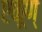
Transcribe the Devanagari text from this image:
एकूण्‍